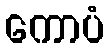
ကောပံ